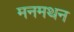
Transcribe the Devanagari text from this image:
मनमथन